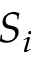
S _ { i }